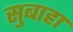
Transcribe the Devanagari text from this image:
सुबाहा